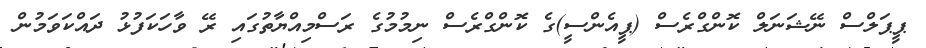
ޕީޕަލްސް ނޭޝަނަލް ކޮންގްރެސް (ޕީއެންސީ)ގެ ކޮންގްރެސް ނިމުމުގެ ރަސްމިއްޔާތުގައި ރޭ ވާހަކަފުޅު ދައްކަވަމުން